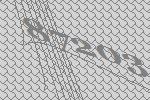
87203